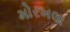
મોરખલા